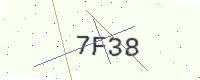
Text: 7F38